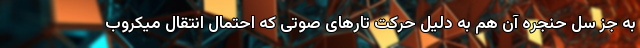
به جز سل حنجره آن هم به دلیل حرکت تارهای صوتی که احتمال انتقال میکروب